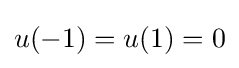
u(-1)=u(1)=0